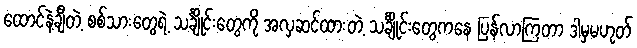
ထောင်နဲ့ချီတဲ့ စစ်သားတွေရဲ့ သင်္ချိုင်းတွေကို အလှဆင်ထားတဲ့ သင်္ချိုင်းတွေကနေ ပြန်လာကြတာ ဒါမှမဟုတ်